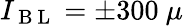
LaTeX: I_{\mathrm{~B~L~}}=\pm 300~\mu